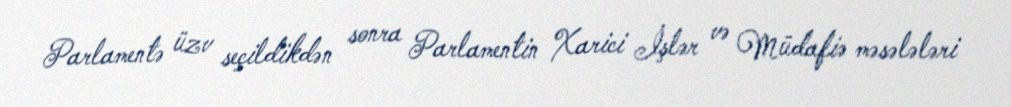
Parlamentə üzv seçildikdən sonra Parlamentin Xarici İşlər və Müdafiə məsələləri